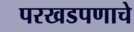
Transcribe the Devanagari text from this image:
परखडपणाचे